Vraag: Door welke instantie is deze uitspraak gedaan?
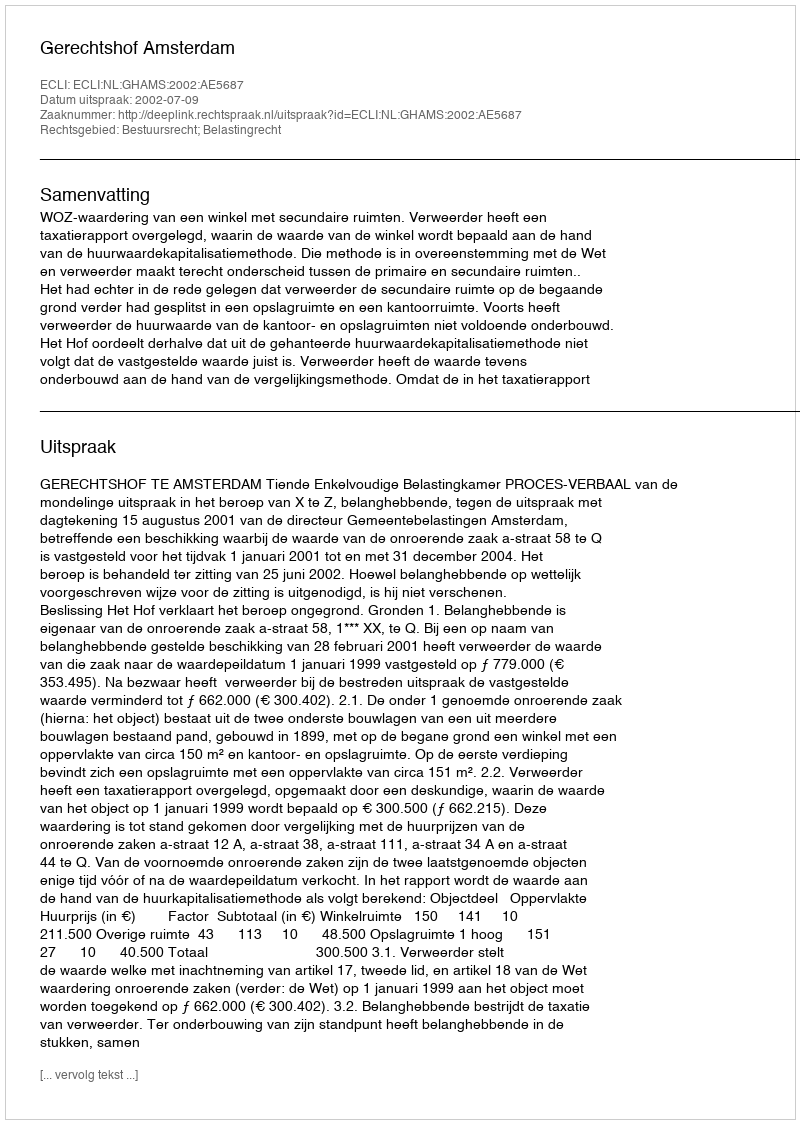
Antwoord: Gerechtshof Amsterdam